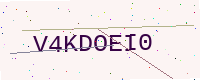
Text: V4KDOEI0